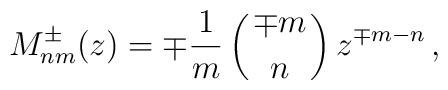
M^\pm_{nm}(z)=\mp{1\over m}\left({\mp m\atop n}\right) z^{\mp m-n}\,,